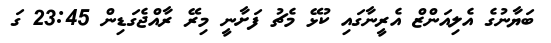
ބަޔާނުގެ އެލިއަންޒް އެރީނާގައި ކުޅޭ މެޗު ފަށާނީ މިރޭ ރާއްޖެގަޑިން 23:45 ގަ